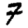
Digit: 7